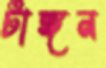
টাঙ্গন